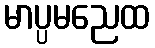
မာပ္ပမညေထ